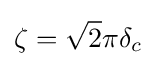
\zeta ={\sqrt {2}}\pi \delta _{c}